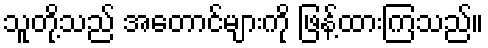
သူတို့သည် အတောင်များကို ဖြန့်ထားကြသည်။